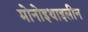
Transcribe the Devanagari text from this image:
मोनोइथाइलीन